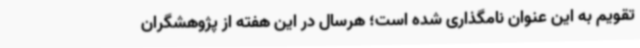
تقویم به این عنوان نامگذاری شده است؛ هرسال در این هفته از پژوهشگران